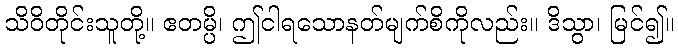
သိဝိတိုင်းသူတို့။ ဧတမ္ပိ၊ ဤငါရသောနတ်မျက်စိကိုလည်း။ ဒိသွာ၊ မြင်၍။